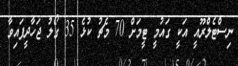
ނިސްޓެލްރޫއީ އަކީ ގައުމީ ޓީމަށް 70 މެޗު ކުޅެ 35 ގޯލު ޖަހާދީފައިވާ